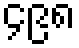
၄၉၈